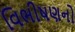
વિભીષણનો